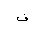
Letter: _fa